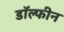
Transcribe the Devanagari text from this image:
डॉल्‍फीन